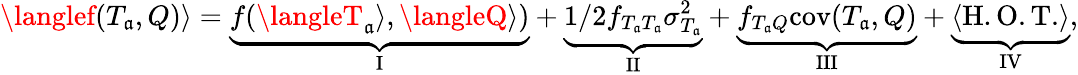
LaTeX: \langlef(T_{\mathfrak{a}},Q)\rangle=\underbrace{{f(\langleT_{\mathfrak{a}}\rangle,\langleQ\rangle)}}_{\mathrm{{I}}}+\underbrace{{1/2f_{T_{\mathfrak{a}}T_{\mathfrak{a}}}\sigma_{T_{\mathfrak{a}}}^{2}}}_{\mathrm{{II}}}+\underbrace{{f_{T_{\mathfrak{a}}Q}\mathrm{{cov}}(T_{\mathfrak{a}},Q)}}_{\mathrm{{III}}}+\underbrace{{\langle\mathrm{{H.O.T.}}\rangle}}_{\mathrm{{IV}}},